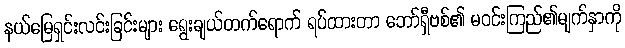
နယ်မြေရှင်းလင်းခြင်းများ ရွေးချယ်တက်ရောက် ရပ်ထားတာ ဘော်ရှီဗစ်၏ မဝင်းကြည်၏မျက်နှာကို